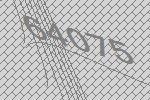
64075